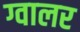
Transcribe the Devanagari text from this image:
ग्वालर